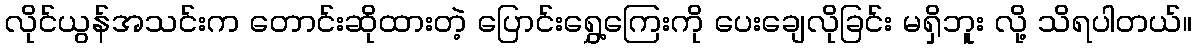
လိုင်ယွန်အသင်းက တောင်းဆိုထားတဲ့ ပြောင်းရွှေ့ကြေးကို ပေးချေလိုခြင်း မရှိဘူး လို့ သိရပါတယ်။